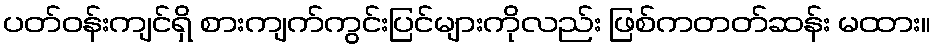
ပတ်ဝန်းကျင်ရှိ စားကျက်ကွင်းပြင်များကိုလည်း ဖြစ်ကတတ်ဆန်း မထား။